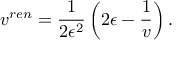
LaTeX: v ^ { r e n } = \frac { 1 } { 2 \epsilon ^ { 2 } } \left( 2 \epsilon - \frac { 1 } { v } \right) .